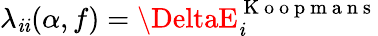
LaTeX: \lambda_{\mathit{i}\mathit{i}}(\alpha,f)=\DeltaE_{\mathit{i}}^{\mathrm{{~K~o~o~p~m~a~n~s~}}}